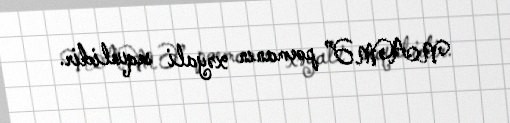
NAMƏ” poemanın xəyali sequelidir.